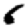
Digit: 6